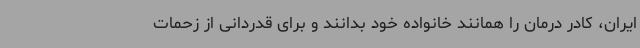
ایران، کادر درمان را همانند خانواده خود بدانند و برای قدردانی از زحمات